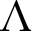
\Lambda